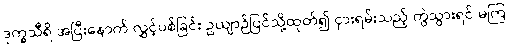
ဒုက္ခသီရိ အပြီးနောက် လွှင့်ပစ်ခြင်း ဥယျာဉ်ပြင်သို့ထုတ်၍ ငှားရမ်းသည့် ကွဲသွားရင် မကြ